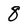
Character: 8